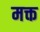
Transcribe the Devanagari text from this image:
मक्त